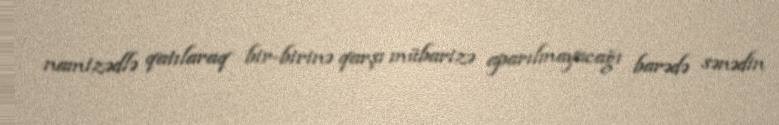
namizədlə qatılaraq bir-birinə qarşı mübarizə aparılmayacağı barədə sənədin